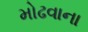
મોઢવાના